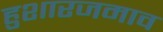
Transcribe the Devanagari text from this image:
हुशारजमाव